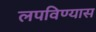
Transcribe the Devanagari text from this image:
लपविण्यास